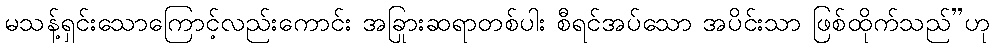
မသန့်ရှင်းသောကြောင့်လည်းကောင်း အခြားဆရာတစ်ပါး စီရင်အပ်သော အပိုင်းသာ ဖြစ်ထိုက်သည်”ဟု